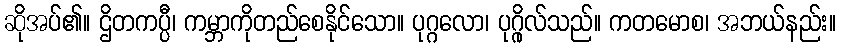
ဆိုအပ်၏။ ဌိတကပ္ပီ၊ ကမ္ဘာကိုတည်စေနိုင်သော။ ပုဂ္ဂလော၊ ပုဂ္ဂိုလ်သည်။ ကတမောစ၊ အဘယ်နည်း။